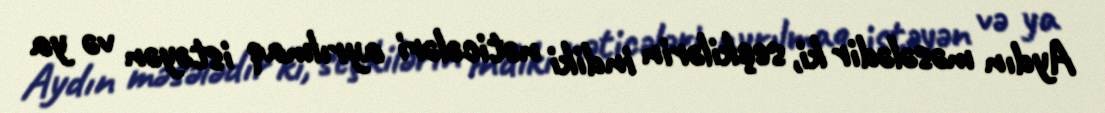
Aydın məsələdir ki, seçkilərin indiki nəticələri ayrılmaq istəyən və ya